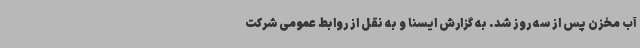
آب مخزن پس از سه روز شد. به گزارش ایسنا و به نقل از روابط عمومی شرکت